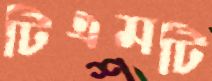
টিএমটি